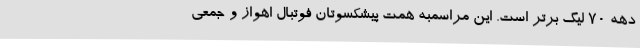
دهه 70 لیگ برتر است. این مراسمبه همت پیشکسوتان فوتبال اهواز و جمعی